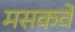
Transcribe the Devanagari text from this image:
मसकवे